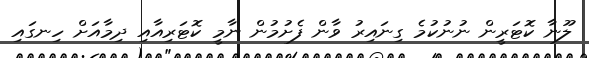
ލޫނާ ކޮޓަރީން ނުނުކުމެ ގިނައިރު ވާން ފެށުމުން ނާމީ ކޮޓަރިއާއި ދިމާއަށް ހިނގައި